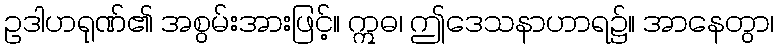
ဥဒါဟရုဏ်၏ အစွမ်းအားဖြင့်။ ဣဓ၊ ဤဒေသနာဟာရ၌။ အာနေတွာ၊